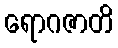
ရောဂဇာတိ